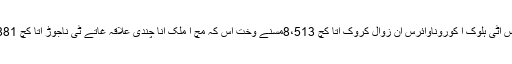
داڑے روس اٹی ہلوک آ کوروناوائرس آن زوال کروک آتا کچ 8،513مسنے وخت اس کہ مچ آ ملک انا چندی علاقہ غاتے ٹی ناجوڑ آتا کچ 6،06،881ءِ۔